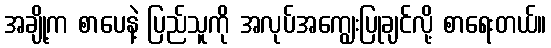
အချို့က စာပေနဲ့ ပြည်သူကို အလုပ်အကျွေးပြုချင်လို့ စာရေးတယ်။